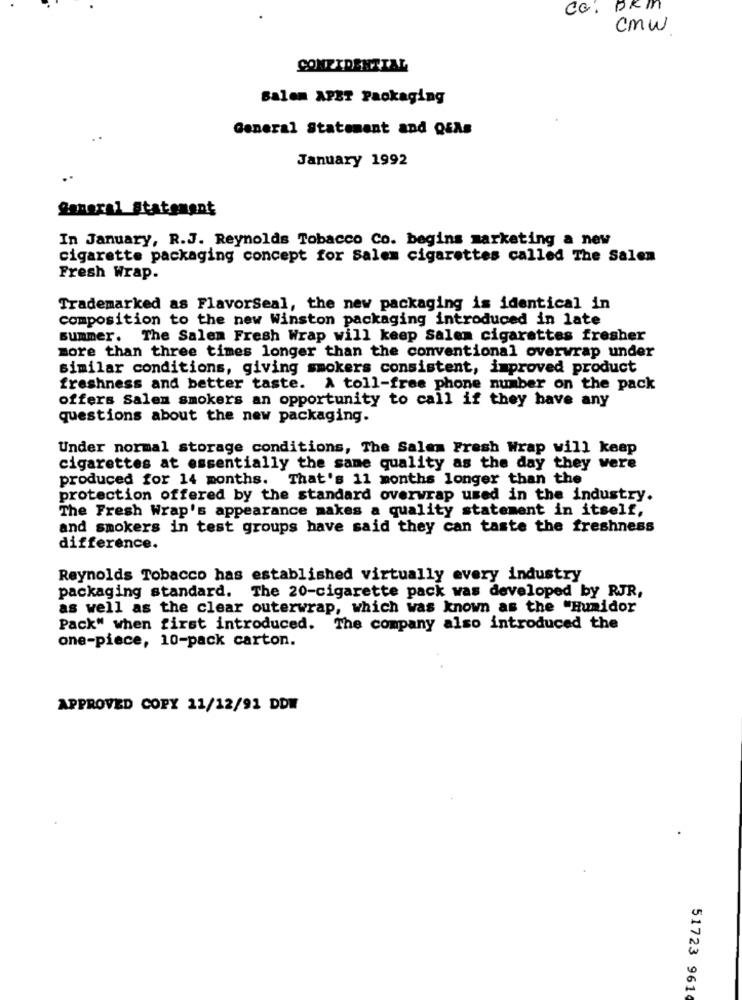
co. DKM
cmw
CONFIDENTIAL
salem APET Packaging
General Statement and QEAs
January 1992
general_Statemant
In January, R.J. Reynolds Tobacco Co. begins marketing a new
cigarette packaging concept for Salem cigarettes called The Salen
Fresh Wrap.
Trademarked as FlavorSeal, the new packaging is identical in
composition to the new Winston packaging introduced in late
summer. The Salen Fresh Wrap will keep Salem cigarettes fresher
more than three times longer than the conventional overwrap under
similar conditions, giving smokers consistent, improved product
freshness and better taste. A toll-free phone number on the pack
offers Salen smokers an opportunity to call if they have any
questions about the new packaging.
Under normal storage conditions, The Salem Fresh Wrap will keep
cigarettes at essentially the same quality as the day they were
produced for 14 months. That's 11 months longer than the
protection offered by the standard overwrap used in the industry.
The Fresh Wrap's appearance makes a quality statement in itself,
and smokers in test groups have said they can taste the freshness
difference.
Reynolds Tobacco has established virtually every industry
packaging standard. The 20-cigarette pack was developed by RJR,
as well as the clear outerwrap, which was known as the "Humidor
Pack" when first introduced. The company also introduced the
one-piece, 10-pack carton.
APPROVED COPY 11/12/91 DDW
51723 961